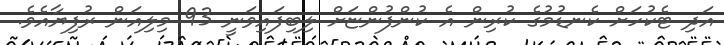
އަދި ޓެކުހަށް ކެނޑުމުގެ ކުރިން އެ ކުންފުންޏަށް ލިބިފައިވަނީ 93 މިލިއަން ރުފިޔާއެވެ.